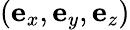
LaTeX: \left(\mathbf{e}_{x},\mathbf{e}_{y},\mathbf{e}_{z}\right)